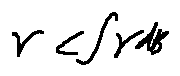
r < \int \gamma d B